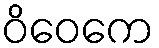
ဝိဝေကေ